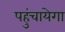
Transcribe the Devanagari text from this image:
पहुंचायेगा